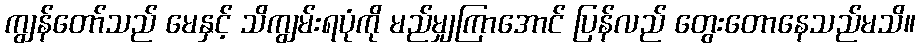
ကျွန်တော်သည် မေနှင့် သိကျွမ်းရပုံကို မည်မျှကြာအောင် ပြန်လည် တွေးတောနေသည်မသိ။